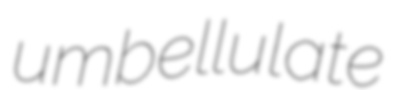
umbellulate